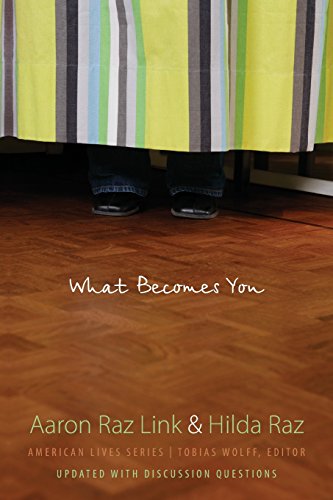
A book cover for What Becomes You (American Lives); Aaron Raz Link; Gay & Lesbian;